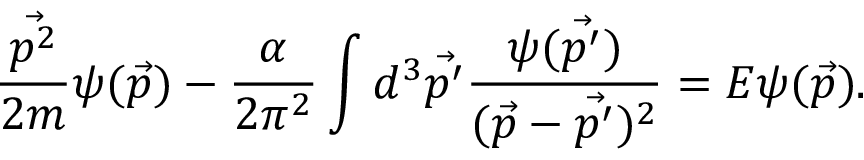
\frac { \vec { p ^ { 2 } } } { 2 m } \psi ( \vec { p } ) - \frac { \alpha } { 2 \pi ^ { 2 } } \int d ^ { 3 } \vec { p ^ { \prime } } \frac { \psi ( \vec { p ^ { \prime } } ) } { ( \vec { p } - \vec { p ^ { \prime } } ) ^ { 2 } } = E \psi ( \vec { p } ) .